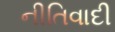
નીતિવાદી